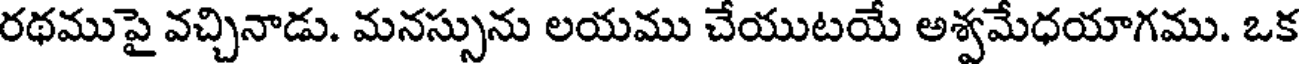
రథముపై వచ్చినాడు. మనస్సును లయము చేయుటయే అశ్వమేధయాగము. ఒక